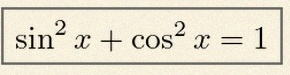
\sin^2x+\cos^2x=1